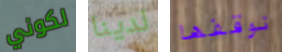
لكوني لدينا نوقفها